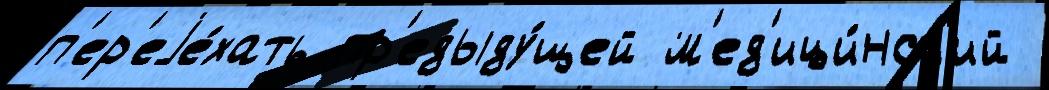
п'ер'еjе́хать пр'едыду́щей м'ед'ици́нск'ий